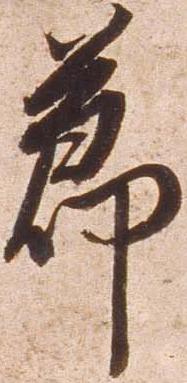
節